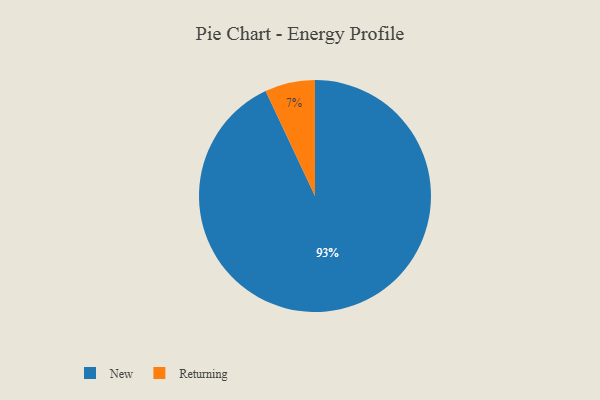
{"axis": {"x": "Category", "y": "Percentage"}, "legend": ["New", "Returning"], "data": [{"x": "New", "y": 93, "type": "New"}, {"x": "Returning", "y": 7, "type": "Returning"}]}